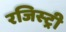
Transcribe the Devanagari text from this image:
रजिस्‍ट्री